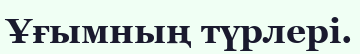
Ұғымның түрлері.